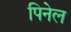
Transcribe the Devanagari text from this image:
पिनेल